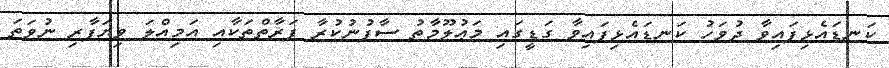
ކަނޑައެޅިފައިވާ ދުވަހު ކަނޑައެޅިފައިވާ ގަޑީގައި މަޢުލޫމާތު ސާފުނުކުރާ ފަރާތްތަކާއި އަމިއްލަ ވިޔަފާރި ނުވަތަ